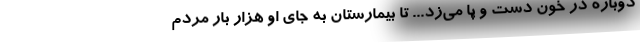
دوباره در خون دست و پا می‌زد... تا بیمارستان به جای او هزار بار مُردم